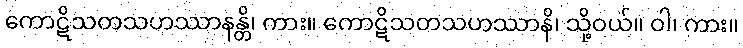
ကောဋိသတသဟဿာနန္တိ၊ ကား။ ကောဋိသတသဟဿာနိ၊ သို့ဝယ်။ ဝါ၊ ကား။